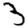
Digit: 3